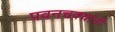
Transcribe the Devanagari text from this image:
पवनचक्यांनी